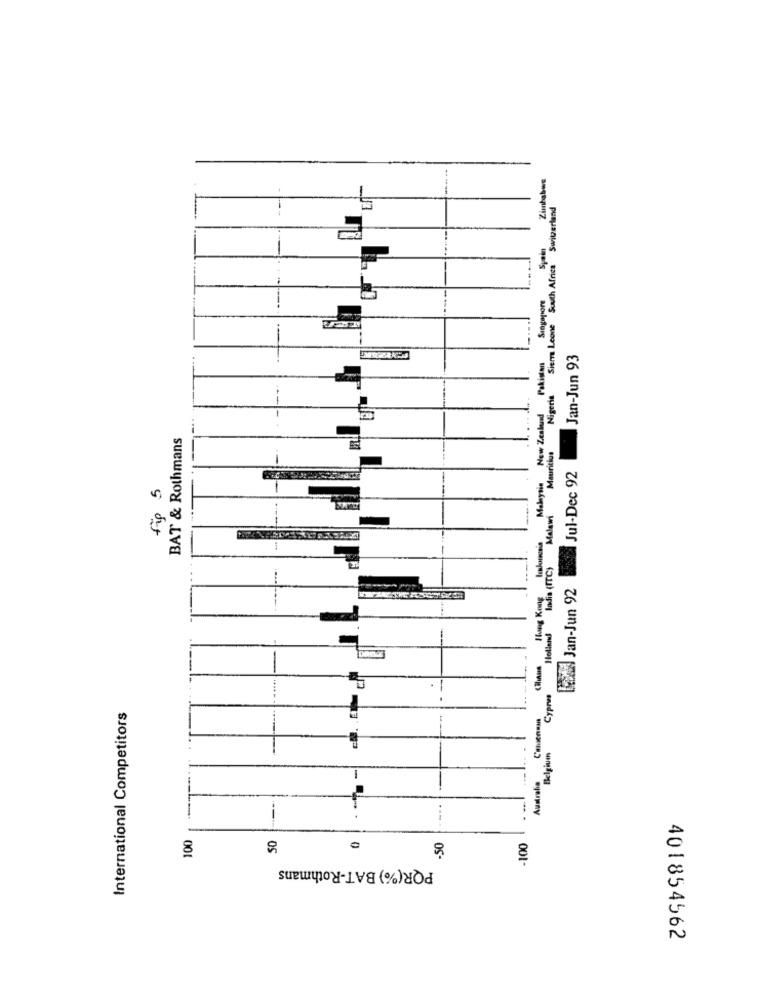
Zimbabwe
Siem Leone South Africa Switzerland
Spain
Singapore
Laslovenia Malaysis New Zealand Pakistan
Jan-Jun 93
Nigeria
--
BAT & Rothmans
-
Jul-Dec 92
fig 5
Beidi Jan-Jun 92
Australia Caseomst Hom otta
Cyprus
International Competitors
-
1
100
.50
-100
PQR(%) BAT-Rothmans
401854562